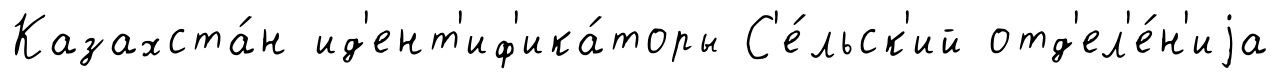
Казахста́н ид'ент'иф'ика́торы С'е́льск'ий отд'ел'е́н'иjа